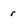
Character: r